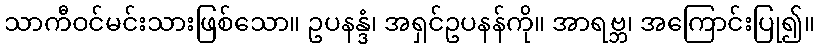
သာကီဝင်မင်းသားဖြစ်သော။ ဥပနန္ဒံ၊ အရှင်ဥပနန်ကို။ အာရဗ္ဘ၊ အကြောင်းပြု၍။